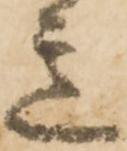
意